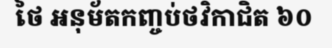
ថៃ អនុម័តកញ្ចប់ថវិកាជិត ៦០